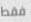
فقط